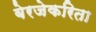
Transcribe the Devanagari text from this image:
बेरजेकरिता